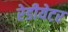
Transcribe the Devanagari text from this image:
रेडीयेटर